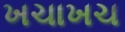
ખચાખચ